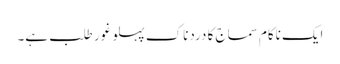
ایک ناکام سماج کا دردناک پہلو غور طلب ہے۔